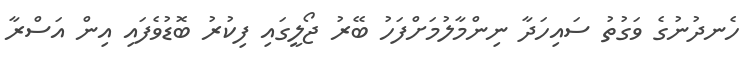
ހެނދުނުގެ ވަގުތު ސައިހަދާ ނިންމާލުމަށްފަހު ބޭރު ޖޯލީގައި ފިކުރު ބޮޑުވެފައި އިން އަސްރާ